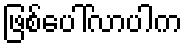
ဖြစ်ပေါ်လာပါက